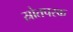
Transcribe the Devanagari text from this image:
स्रोतपरक